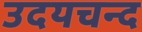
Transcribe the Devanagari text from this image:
उदयचन्द